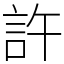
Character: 許